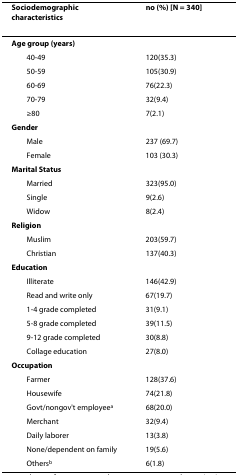
<table><thead><tr><td><b>Sociodemographic characteristics</b></td><td><b>no (%) [N = 340]</b></td></tr></thead><tbody><tr><td><b>Age group (years)</b></td><td></td></tr><tr><td> 40-49</td><td>120(35.3)</td></tr><tr><td> 50-59</td><td>105(30.9)</td></tr><tr><td> 60-69</td><td>76(22.3)</td></tr><tr><td> 70-79</td><td>32(9.4)</td></tr><tr><td> ≥80</td><td>7(2.1)</td></tr><tr><td><b>Gender</b></td><td></td></tr><tr><td> Male</td><td>237 (69.7)</td></tr><tr><td> Female</td><td>103 (30.3)</td></tr><tr><td><b>Marital Status</b></td><td></td></tr><tr><td> Married</td><td>323(95.0)</td></tr><tr><td> Single</td><td>9(2.6)</td></tr><tr><td> Widow</td><td>8(2.4)</td></tr><tr><td><b>Religion</b></td><td></td></tr><tr><td> Muslim</td><td>203(59.7)</td></tr><tr><td> Christian</td><td>137(40.3)</td></tr><tr><td><b>Education</b></td><td></td></tr><tr><td> Illiterate</td><td>146(42.9)</td></tr><tr><td> Read and write only</td><td>67(19.7)</td></tr><tr><td> 1-4 grade completed</td><td>31(9.1)</td></tr><tr><td> 5-8 grade completed</td><td>39(11.5)</td></tr><tr><td> 9-12 grade completed</td><td>30(8.8)</td></tr><tr><td> Collage education</td><td>27(8.0)</td></tr><tr><td><b>Occupation</b></td><td></td></tr><tr><td> Farmer</td><td>128(37.6)</td></tr><tr><td> Housewife</td><td>74(21.8)</td></tr><tr><td> Govt/nongov&#x27;t employee<sup>a</sup></td><td>68(20.0)</td></tr><tr><td> Merchant</td><td>32(9.4)</td></tr><tr><td> Daily laborer</td><td>13(3.8)</td></tr><tr><td> None/dependent on family</td><td>19(5.6)</td></tr><tr><td> Others<sup>b</sup></td><td>6(1.8)</td></tr></tbody></table>